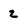
Character: 2